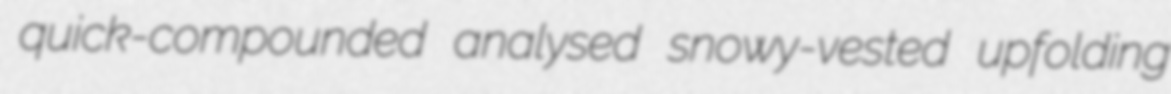
quick-compounded analysed snowy-vested upfolding